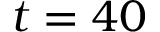
t = 4 0